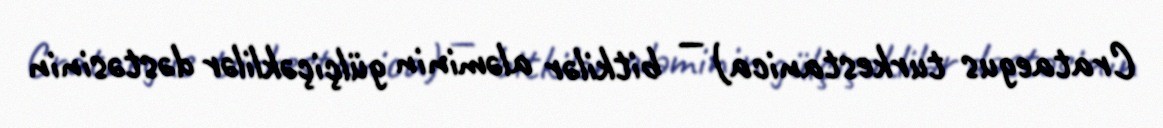
Crataegus turkestanica) — bitkilər aləminin gülçiçəklilər dəstəsinin